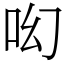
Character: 𠯻